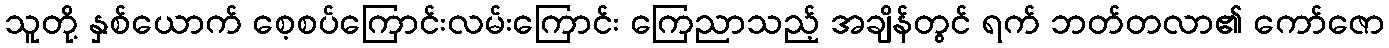
သူတို့ နှစ်ယောက် စေ့စပ်ကြောင်းလမ်းကြောင်း ကြေညာသည့် အချိန်တွင် ရက် ဘတ်တလာ၏ ကော်ဇော